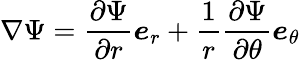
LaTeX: \nabla\Psi={\frac{\partial\Psi}{\partial r}}{\boldsymbol{e}}_{r}+{\frac{1}{r}}{\frac{\partial\Psi}{\partial\theta}}{\boldsymbol{e}}_{\theta}